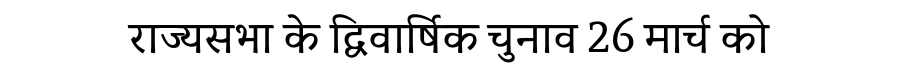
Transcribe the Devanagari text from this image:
राज्यसभा के द्विवार्षिक चुनाव 26 मार्च को